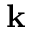
\mathbf { k }